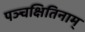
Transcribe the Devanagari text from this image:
पञ्चक्षितिनाम्